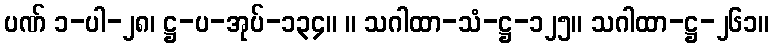
ပဏ် ၁-ပါ-၂၈၊ ဋ္ဌ-ပ-အုပ်-၁၃၄။ ။ သဂါထာ-သံ-ဋ္ဌ-၁၂၅။ သဂါထာ-ဋ္ဌ-၂၆၁။